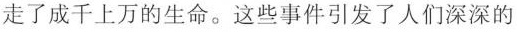
走了成千上万的生命。这些事件引发了人们深深的